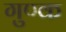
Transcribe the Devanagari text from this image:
गुण्क